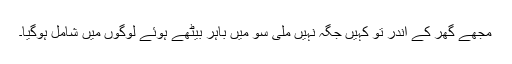
مجھے گھر کے اندر تو کہیں جگہ نہیں ملی سو میں باہر بیٹھے ہوئے لوگوں میں شامل ہوگیا۔